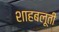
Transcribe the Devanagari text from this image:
शाहबलूती